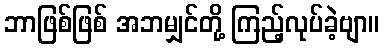
ဘာဖြစ်ဖြစ် အဘမျှင်တို့ ကြည့်လုပ်ခဲ့ဗျာ။